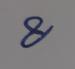
Signature authenticity: genuine